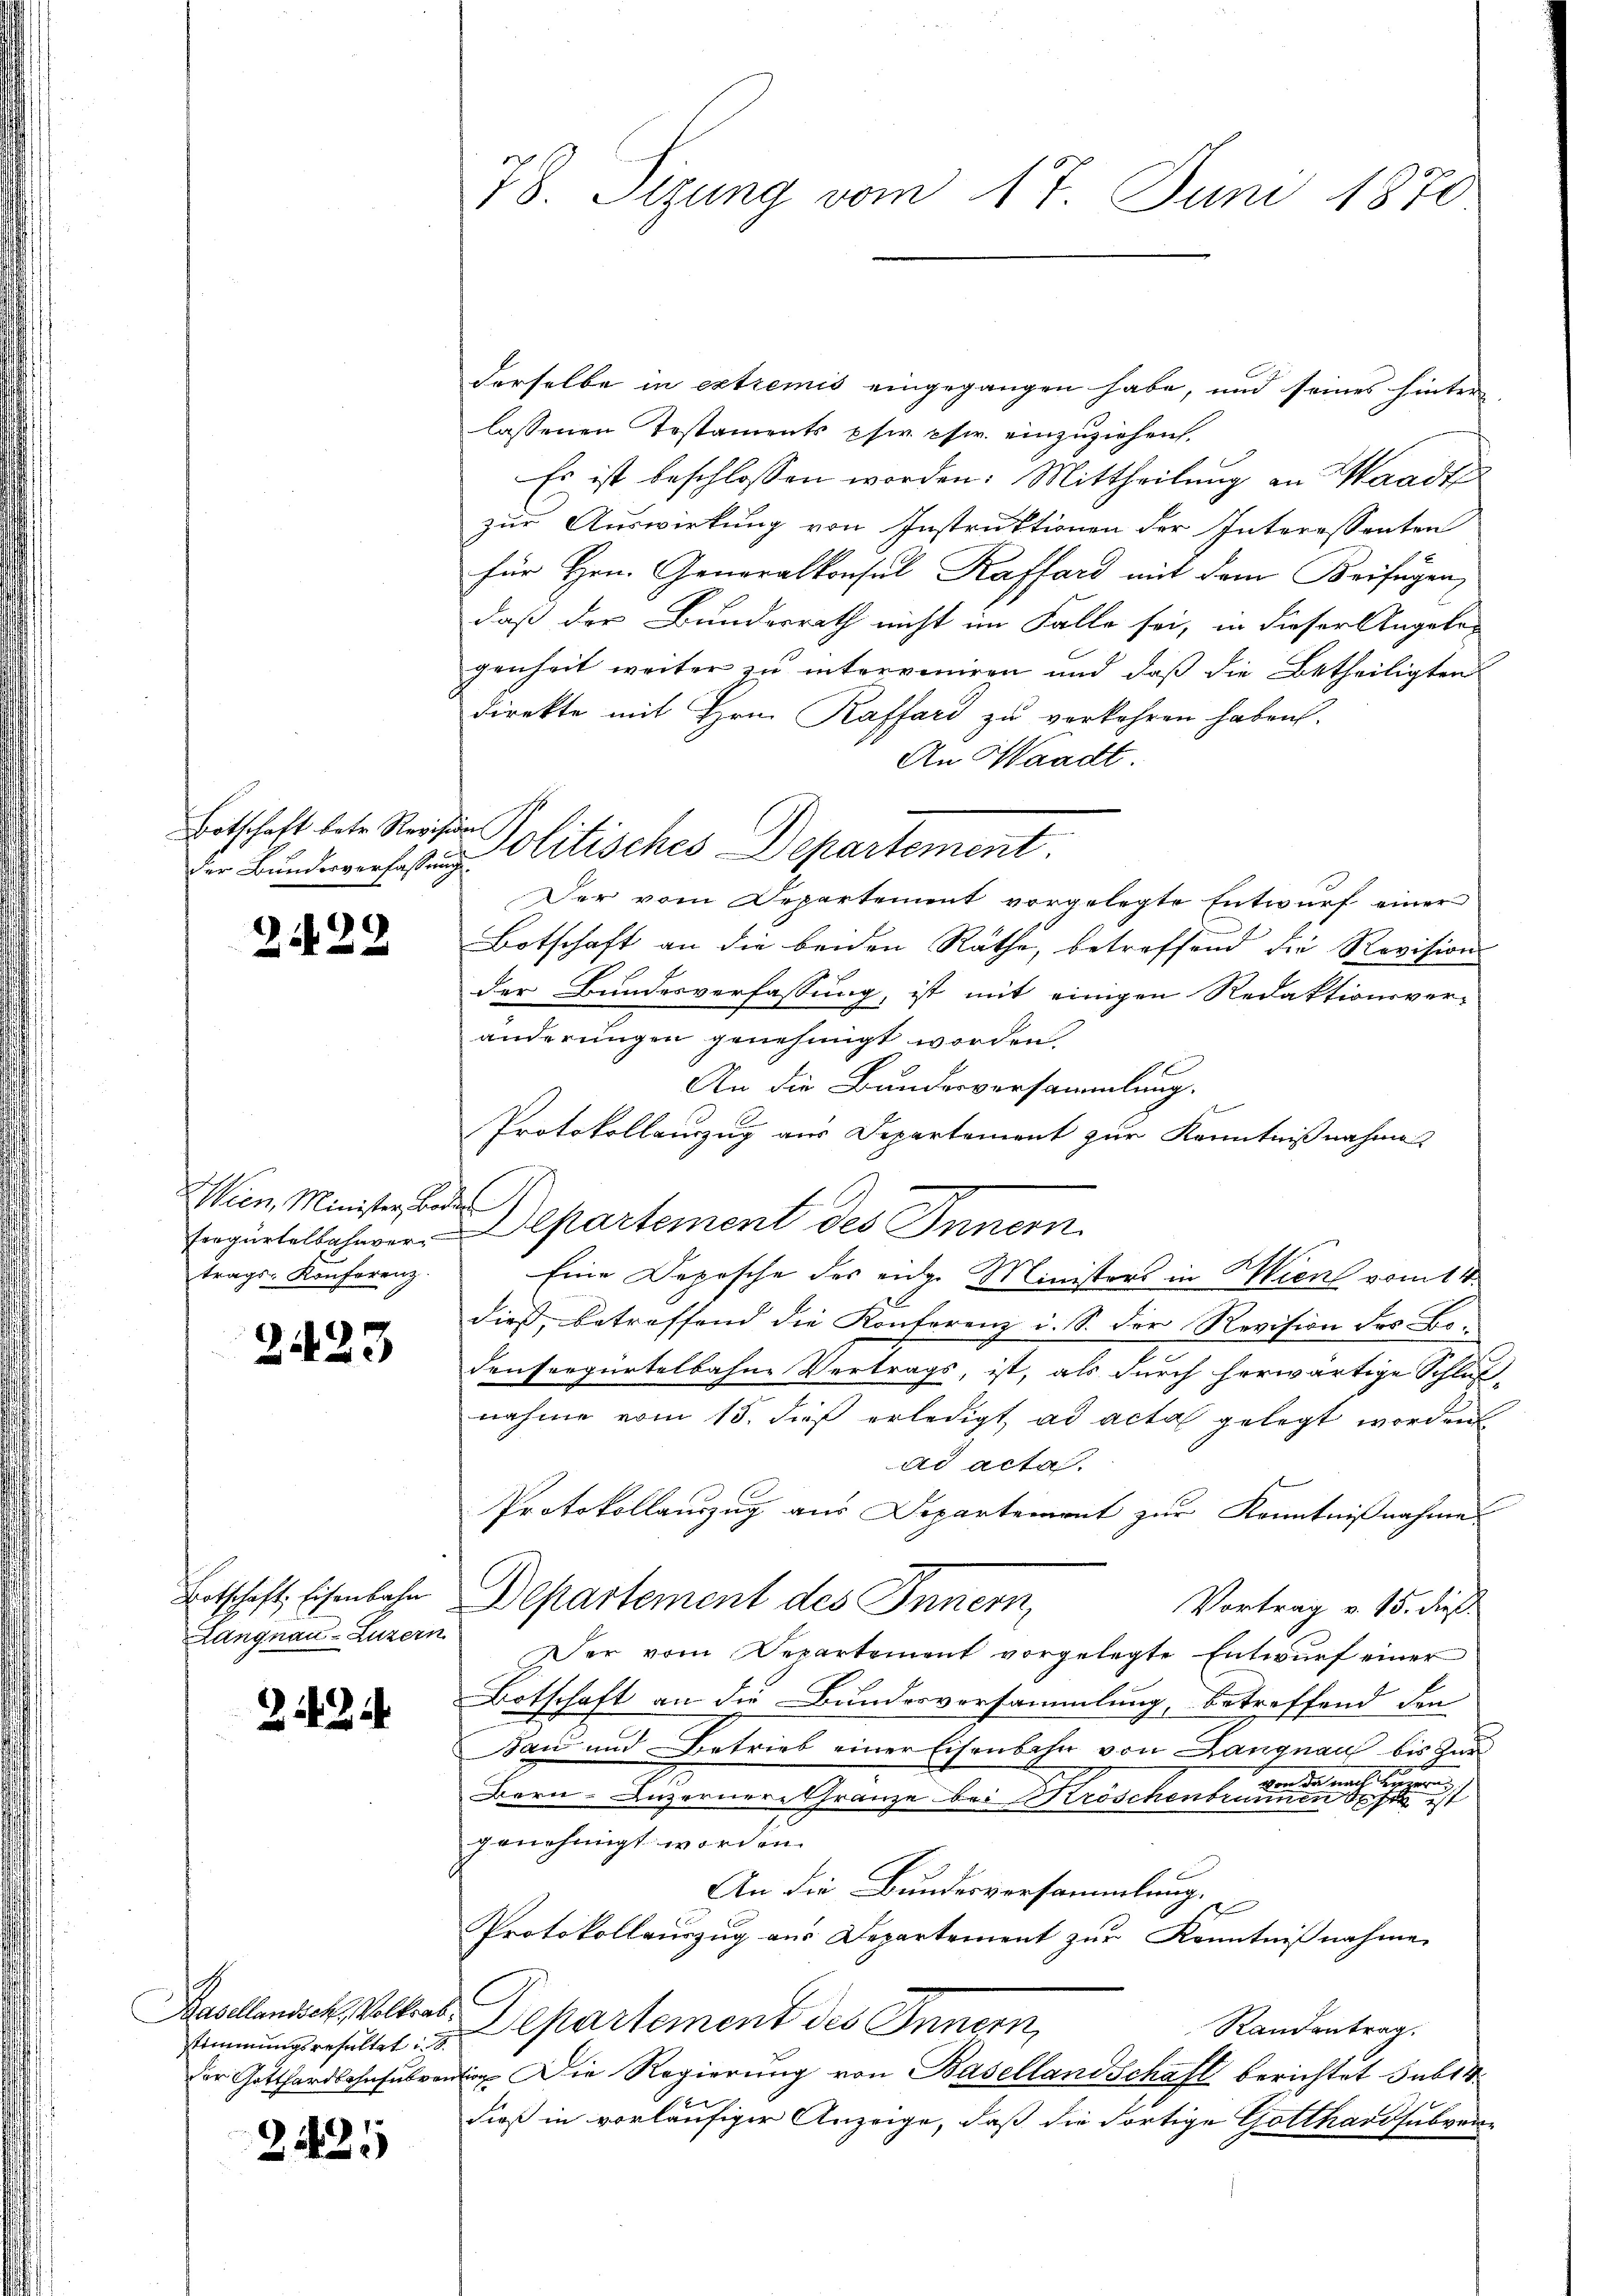
Botschaft betr. Revision
Wien Minister Baden
trags-Konferenz.
24423

Langnau-Luzern
stimmungsresultat i. S.
2421

2434

78. Sizung vom 17. Juni 1870

An Waadt.
der Bunderechtung Olitisches Departement.

derselbe in extremis eingegangen habe, und seines hinter
lassenen Testaments per chir. einzuziehen.
Es ist beschlossen worden. Mittheilung an Waadt
zur Auswirkung von Instruktionen der Interessanten
für Hrn. Generalkonsul Kaffard mit dem Beifügen,
daß der Bunderrath nicht im Falle sei, in dieser Angelegenheit weiter zu interveniren und daß die Betheiligten
Direkte mit Hrn. Raffard zu verkehren haben.
Der vom Departement vorgelegte Entwurf einer
 Botschaft an die beiden Räthe, betreffend die Revisionsder Bundesverfassung, ist mit einigen Redaktionsvor-
änderungen genehmigt worden,
An die Bundesversammlung.
Protokollauzug aus Departement zur Kenntnißnahme
Erguetelschwer Departement des Innern.
Eine Depesche des eidg. Ministers in Wien vom 14.
dieß, betreffend die Konferenz i. S. Der Revision des Be-
densergürtelbahne Vertrags, ist, als durch herwärtige Schluß-
nahme vom 15. dieß erledigt ad acta gelegt worden
ad acta.
Protokollauszug aus Departement zur Kenntnißnahme
Entschaft, Eisenbahn Departement des Innern,
Vortrag v. 15. dieß
Der vom Departement vorgelegte Entwŭrf einer
Botschaft an die Bundervorsammlung, betreffend den
Bau und Betrieb einer Eisenbahn von Langnau bis zur
 von die nach Herrn
Bern, Luzernere Gränze bei Kröschenbrunnen ist
genehmigt worden.
An die Bundesversammlung.
Protokollauszug aus Departement zur Kenntnißnahmen
Kavellendick, Volkes. Departement des Innern,
Randentrag.
Der Gotthardbahnsubvent. Die Regierung von Baselland Schaft berichtet sub 14.
dieß in vorläufiger Anzeige, daß die Fortige Gotthardsubven-